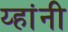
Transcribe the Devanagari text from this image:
य्हांनी